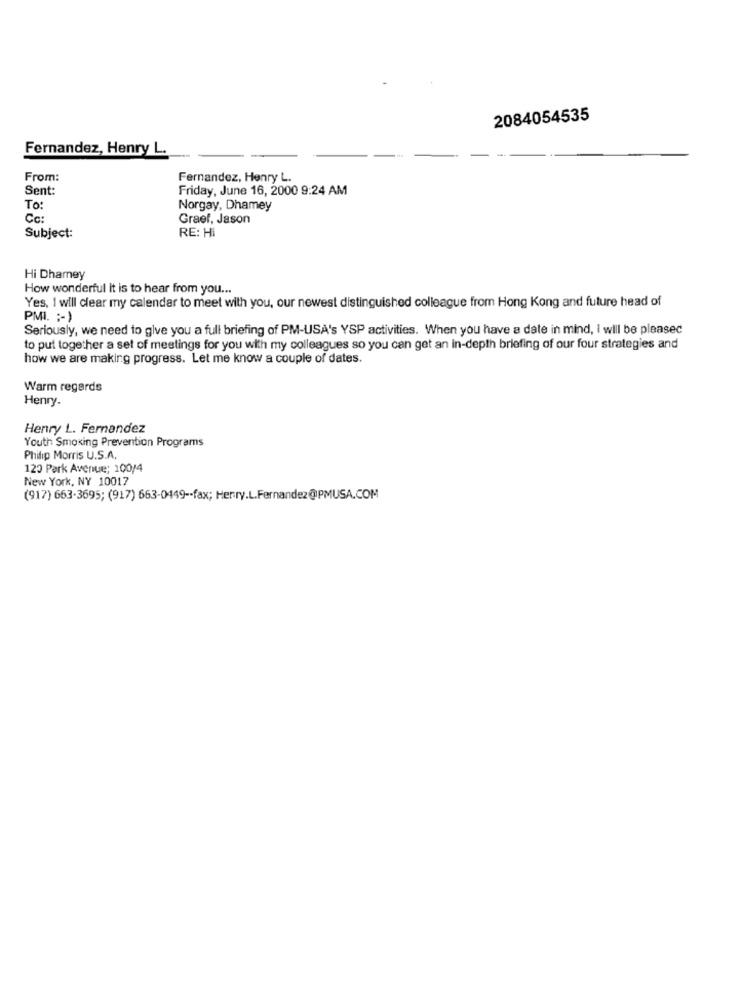
2084054535
Fernandez, Henry L.
From:
Fernandez, Henry L.
Sent:
Friday, June 16, 2000 9:24 AM
To:
Norgay, Dhamey
Cc:
Graef, Jason
RE: Hi
Subject:
Hi Dhamey
How wonderful it is to hear from you ...
Yes, I will clear my calendar to meet with you, our newest distinguished colleague from Hong Kong and future head of
PMI. :- )
Seriously, we need to give you a full briefing of PM-USA's YSP activities. When you have a date in mind, I will be pleased
to put together a set of meetings for you with my colleagues so you can get an in-depth briefing of our four strategies and
how we are making progress. Let me know a couple of dates.
Warm regards
Henry.
Henry L. Fernandez
Youth Smoking Prevention Programs
Philip Morris U.S.A.
120 Park Avenue: 100/4
New York, NY 10017
(917) 663-3695; (917) 663-0449 -- fax; Henry.L.Fernandez@PMUSA.COM